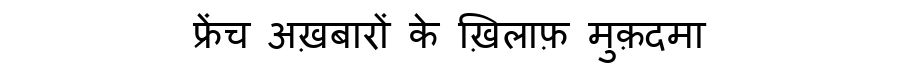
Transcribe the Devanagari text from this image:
फ्रेंच अख़बारों के ख़िलाफ़ मुक़दमा